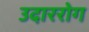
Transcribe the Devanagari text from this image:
उदाररोग